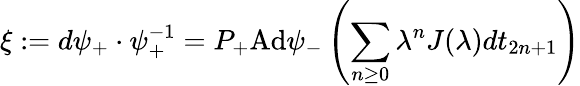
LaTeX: \xi:=d\psi_{+}\cdot\psi_{+}^{-1}=P_{+}\mathrm{Ad}\psi_{-}\left(\sum_{n\geq 0}\lambda^{n}J(\lambda)dt_{2n+1}\right)